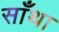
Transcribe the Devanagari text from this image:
साँथा